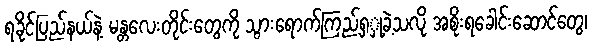
ရခိုင်ပြည်နယ်နဲ့ မန္တလေးတိုင်းတွေကို သွားရောက်ကြည့်ရှှု့ခဲ့သလို အစိုးရခေါင်းဆောင်တွေ၊